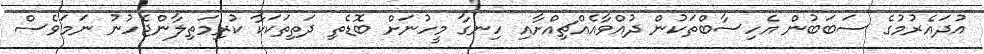
އުދައެރުމުގެ ސަބަބުން އެހިސާބްތަކުން ދުއްވާއެއްޗިއްށާއި ހިނގާ މީހުނަށް ބޮޑެތި ދަތިތަކަކާ ކުރިމަތިލާންޖެހުނު ނަމަވެސް